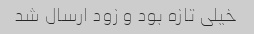
خیلی تازه بود و زود ارسال شد